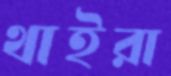
থাইরা